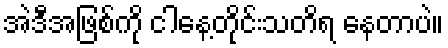
အဲဒီအဖြစ်ကို ငါနေ့တိုင်းသတိရ နေတာပဲ။